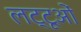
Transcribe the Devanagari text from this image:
लट्टूओं